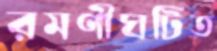
রমণীঘটিত